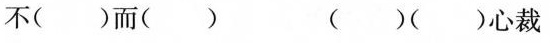
不（）而（） （）（）心裁